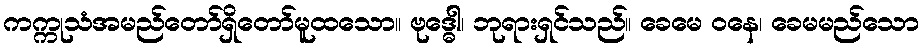
ကက္ကုသံအမည်တော်ရှိတော်မူထသော။ ဗုဒ္ဓေါ၊ ဘုရားရှင်သည်။ ခေမေ ဝနေ၊ ခေမမည်သော